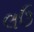
લઉ